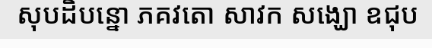
សុបដិបន្នោ ភគវតោ សាវក សង្ឃោ ឧជុប